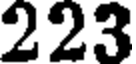
223